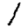
Digit: 1